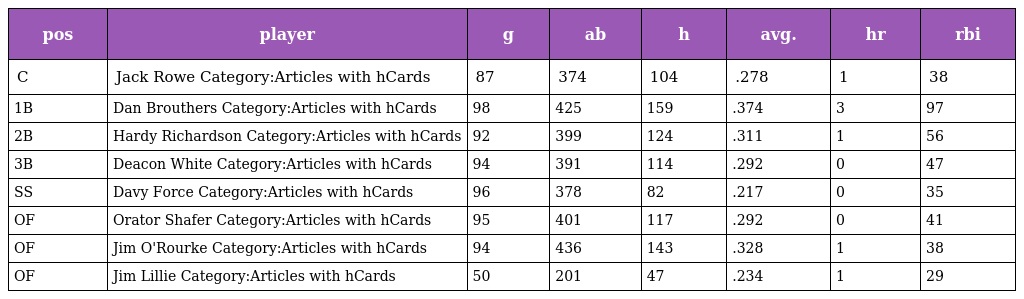
| pos | player | g | ab | h | avg. | hr | rbi |
 | --- | --- | --- | --- | --- | --- | --- | --- |
 | C | Jack Rowe Category:Articles with hCards | 87 | 374 | 104 | .278 | 1 | 38 |
 | 1B | Dan Brouthers Category:Articles with hCards | 98 | 425 | 159 | .374 | 3 | 97 |
 | 2B | Hardy Richardson Category:Articles with hCards | 92 | 399 | 124 | .311 | 1 | 56 |
 | 3B | Deacon White Category:Articles with hCards | 94 | 391 | 114 | .292 | 0 | 47 |
 | SS | Davy Force Category:Articles with hCards | 96 | 378 | 82 | .217 | 0 | 35 |
 | OF | Orator Shafer Category:Articles with hCards | 95 | 401 | 117 | .292 | 0 | 41 |
 | OF | Jim O'Rourke Category:Articles with hCards | 94 | 436 | 143 | .328 | 1 | 38 |
 | OF | Jim Lillie Category:Articles with hCards | 50 | 201 | 47 | .234 | 1 | 29 |